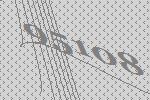
95108